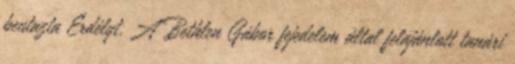
beutazta Erdélyt. A Bethlen Gábor fejedelem által felajánlott tanári